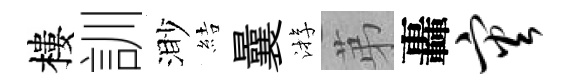
樓訓渺結曩㳺苐轟灾